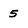
Character: 5